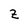
Character: Z